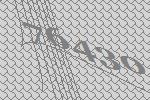
76430